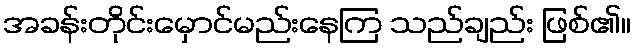
အခန်းတိုင်းမှောင်မည်းနေကြ သည်ချည်း ဖြစ်၏။